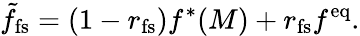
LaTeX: \tilde{f}_{\mathrm{fs}}=\left(1-r_{\mathrm{fs}}\right)f^{*}(M)+r_{\mathrm{fs}}f^{\mathrm{eq}}.